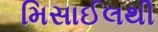
મિસાઈલથી